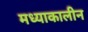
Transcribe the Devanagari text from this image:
मध्याकालीन